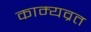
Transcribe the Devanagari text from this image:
काम्यव्रत